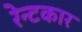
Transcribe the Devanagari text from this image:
रेन्टकार